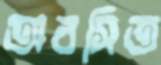
অবসিত